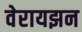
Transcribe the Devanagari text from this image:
वेरायझन